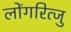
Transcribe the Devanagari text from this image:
लोंगरित्जु